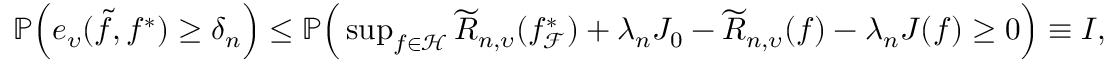
\begin{array} { r } { \mathbb { P } \Big ( e _ { \upsilon } ( \widetilde { f } , f ^ { * } ) \geq \delta _ { n } \Big ) \leq \mathbb { P } \Big ( \operatorname* { s u p } _ { f \in \mathcal { H } } \widetilde { R } _ { n , \upsilon } ( f _ { \mathcal { F } } ^ { * } ) + \lambda _ { n } J _ { 0 } - \widetilde { R } _ { n , \upsilon } ( f ) - \lambda _ { n } J ( f ) \geq 0 \Big ) \equiv I , } \end{array}